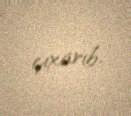
çıxarıb.